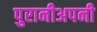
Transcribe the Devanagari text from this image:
पुरानीअपनी